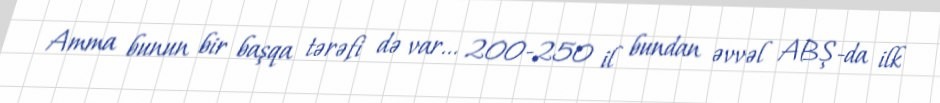
Amma bunun bir başqa tərəfi də var... 200-250 il bundan əvvəl ABŞ-da ilk